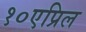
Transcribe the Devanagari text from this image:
१०एप्रिल